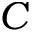
C